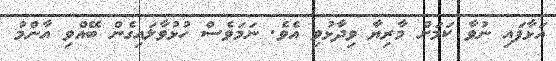
އަޅާފައި ނުވާ ކަމަށް މާރިޔާ ވިދާޅުވި އެވެ. ނަމަވެސް ހުޅުވާލައިގެން ބޭއްވި އާންމު